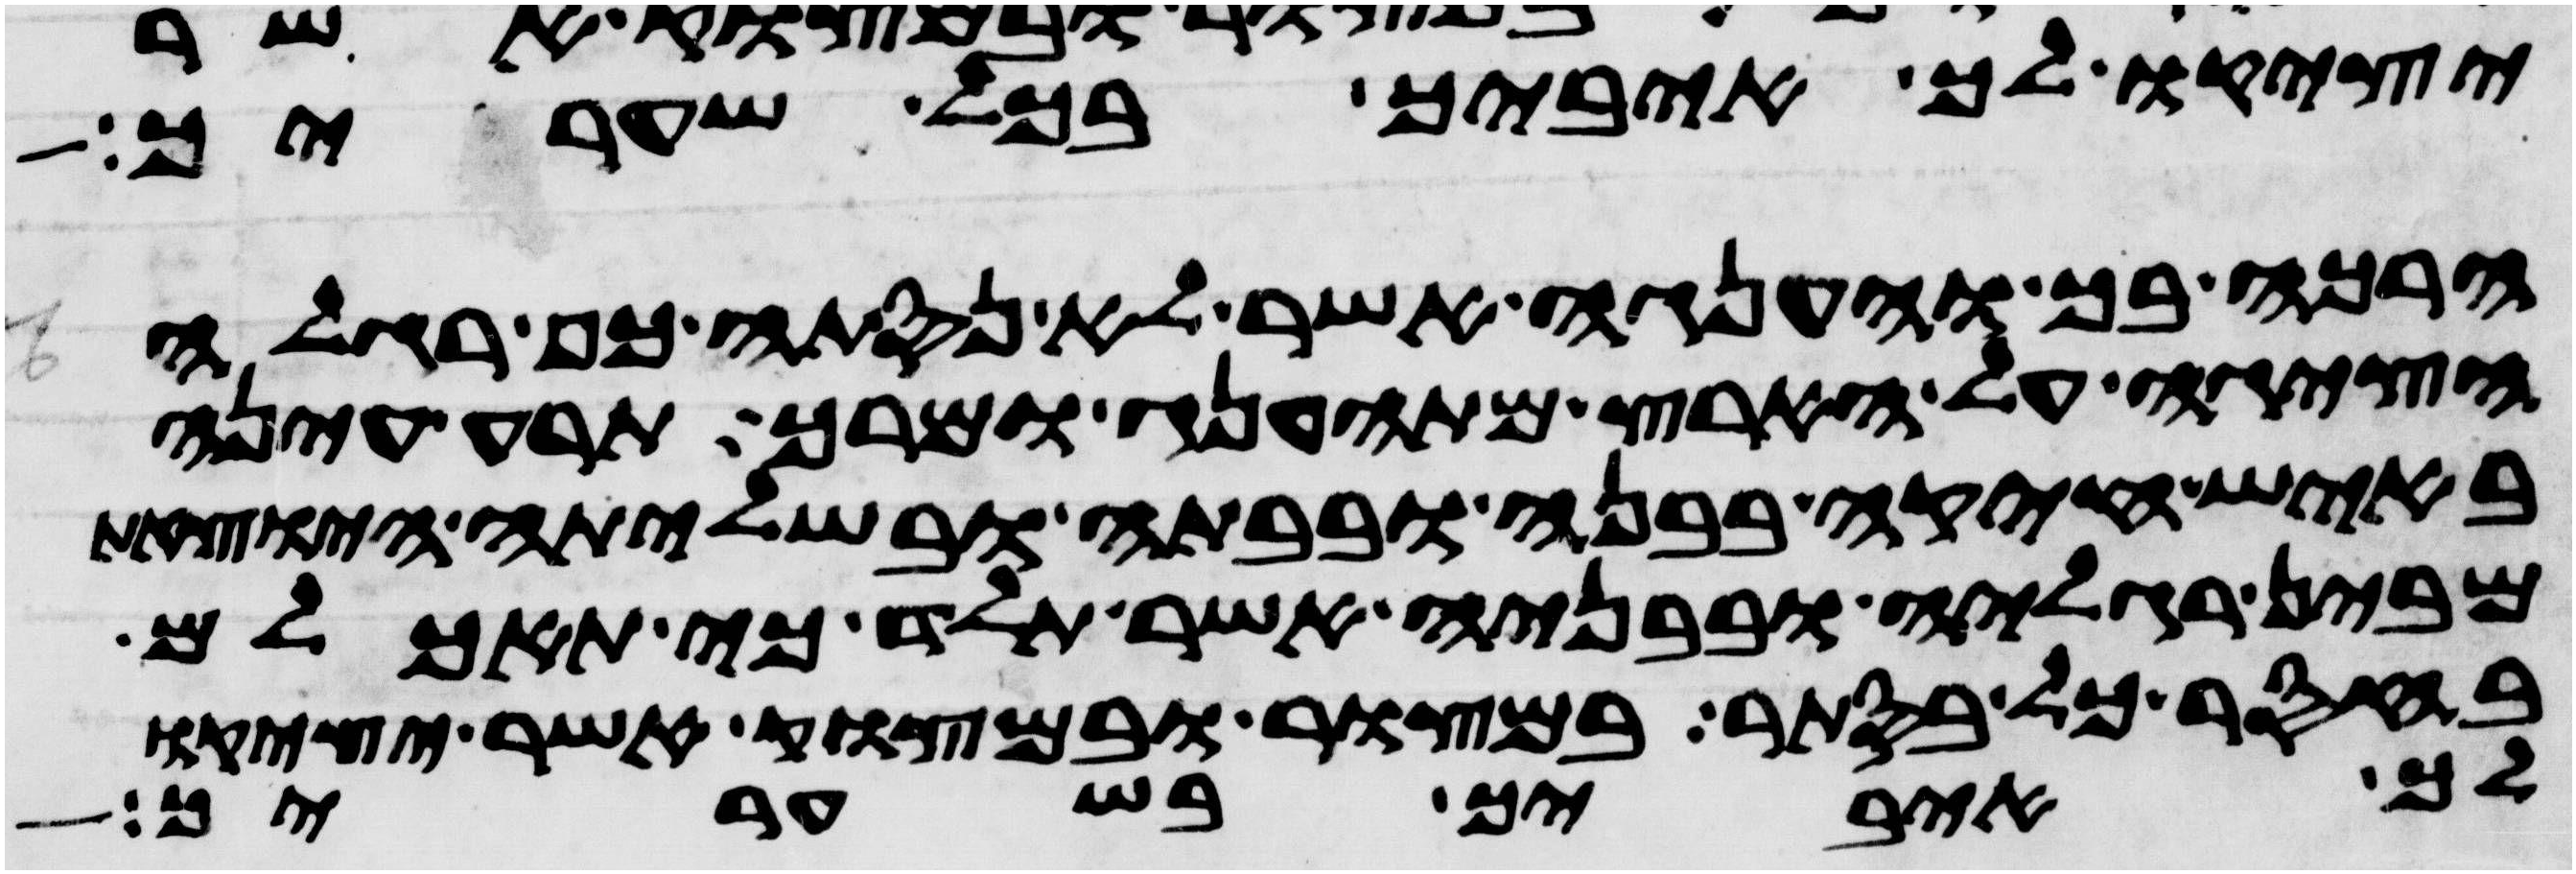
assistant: יציק לך איביך בכל שעריך
הרכה בך והענגה אשר לא נסתה כף רגלה
הציגה על הארץ מהתענג ומרך תרע עינה
באיש חיקה בבנה ובבתה ובשלתה היצאת
מבין רגליה ובבניה אשר תלד כי תאכלם
בחסר כל בסתר במצור ובמצוק אשר יציקו
לך איביך בשעריך